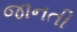
જાનતી